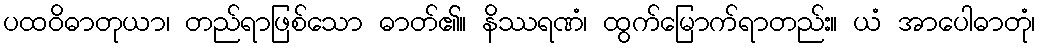
ပထဝိဓာတုယာ၊ တည်ရာဖြစ်သော ဓာတ်၏။ နိဿရဏံ၊ ထွက်မြောက်ရာတည်း။ ယံ အာပေါဓာတုံ၊